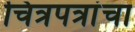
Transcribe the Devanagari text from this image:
चित्रपत्रांचा